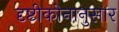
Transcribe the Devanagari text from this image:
दृष्टीकोनानुसार